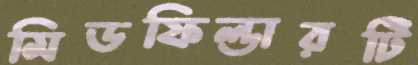
মিডফিল্ডারটি